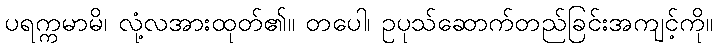
ပရက္ကမာမိ၊ လုံ့လအားထုတ်၏။ တပေါ၊ ဥပုသ်ဆောက်တည်ခြင်းအကျင့်ကို။